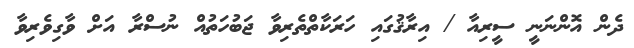
ދެން އޮންނަނީ ސީރިއާ / އިރާޤުގައި ހަރަކާތްތެރިވާ ޖަބުހަތުއް ނުސްރާ އަށް ވާގިވެރިވާ